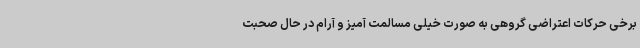
برخی حرکات اعتراضی گروهی به صورت خیلی مسالمت آمیز و آرام در حال صحبت